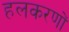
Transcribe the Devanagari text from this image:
हलकरणों